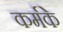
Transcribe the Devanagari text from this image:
कर्मके